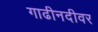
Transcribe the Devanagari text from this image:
गाढीनदीवर